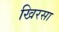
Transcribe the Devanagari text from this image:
खिरसा